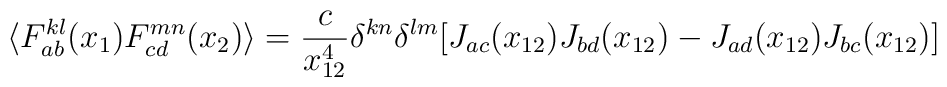
\langle F^{kl}_{ab}(x_1) F^{mn}_{cd}(x_2) \rangle = \frac{c}{x_{12}^4} \delta^{kn} \delta^{lm} [J_{ac}(x_{12}) J_{bd}(x_{12}) - J_{ad}(x_{12}) J_{bc}(x_{12}) ]